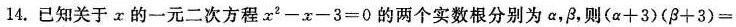
14.已知关于α的一元二次方程$$x^{2}